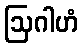
ဩဂါဟံ